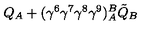
Q _ { A } + ( \gamma ^ { 6 } \gamma ^ { 7 } \gamma ^ { 8 } \gamma ^ { 9 } ) _ { A } ^ { B } \tilde { Q } _ { B } \nonumber